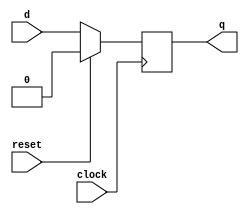
/* Generated by Yosys 0.17+94 (git sha1 d1b2beab1, clang 11.0.1-2 -fPIC -Os) */

module initial_reg(clock, reset, d, q);
  input clock;
  wire clock;
  input d;
  wire d;
  output q;
  reg q = 1'h0;
  wire r;
  input reset;
  wire reset;
  always @(posedge clock)
    if (reset) q <= 1'h0;
    else q <= d;
  assign r = q;
endmodule